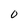
Character: D